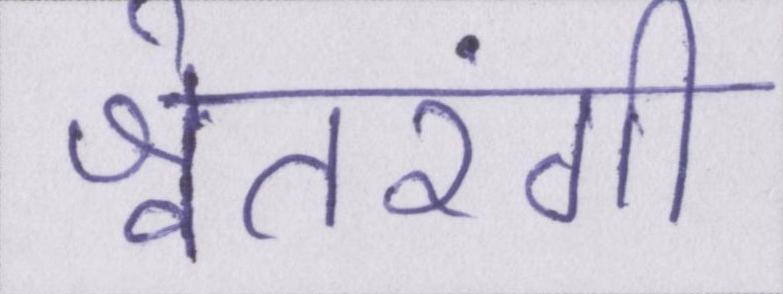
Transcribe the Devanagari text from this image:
श्वेतरंगी